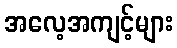
အလေ့အကျင့်များ